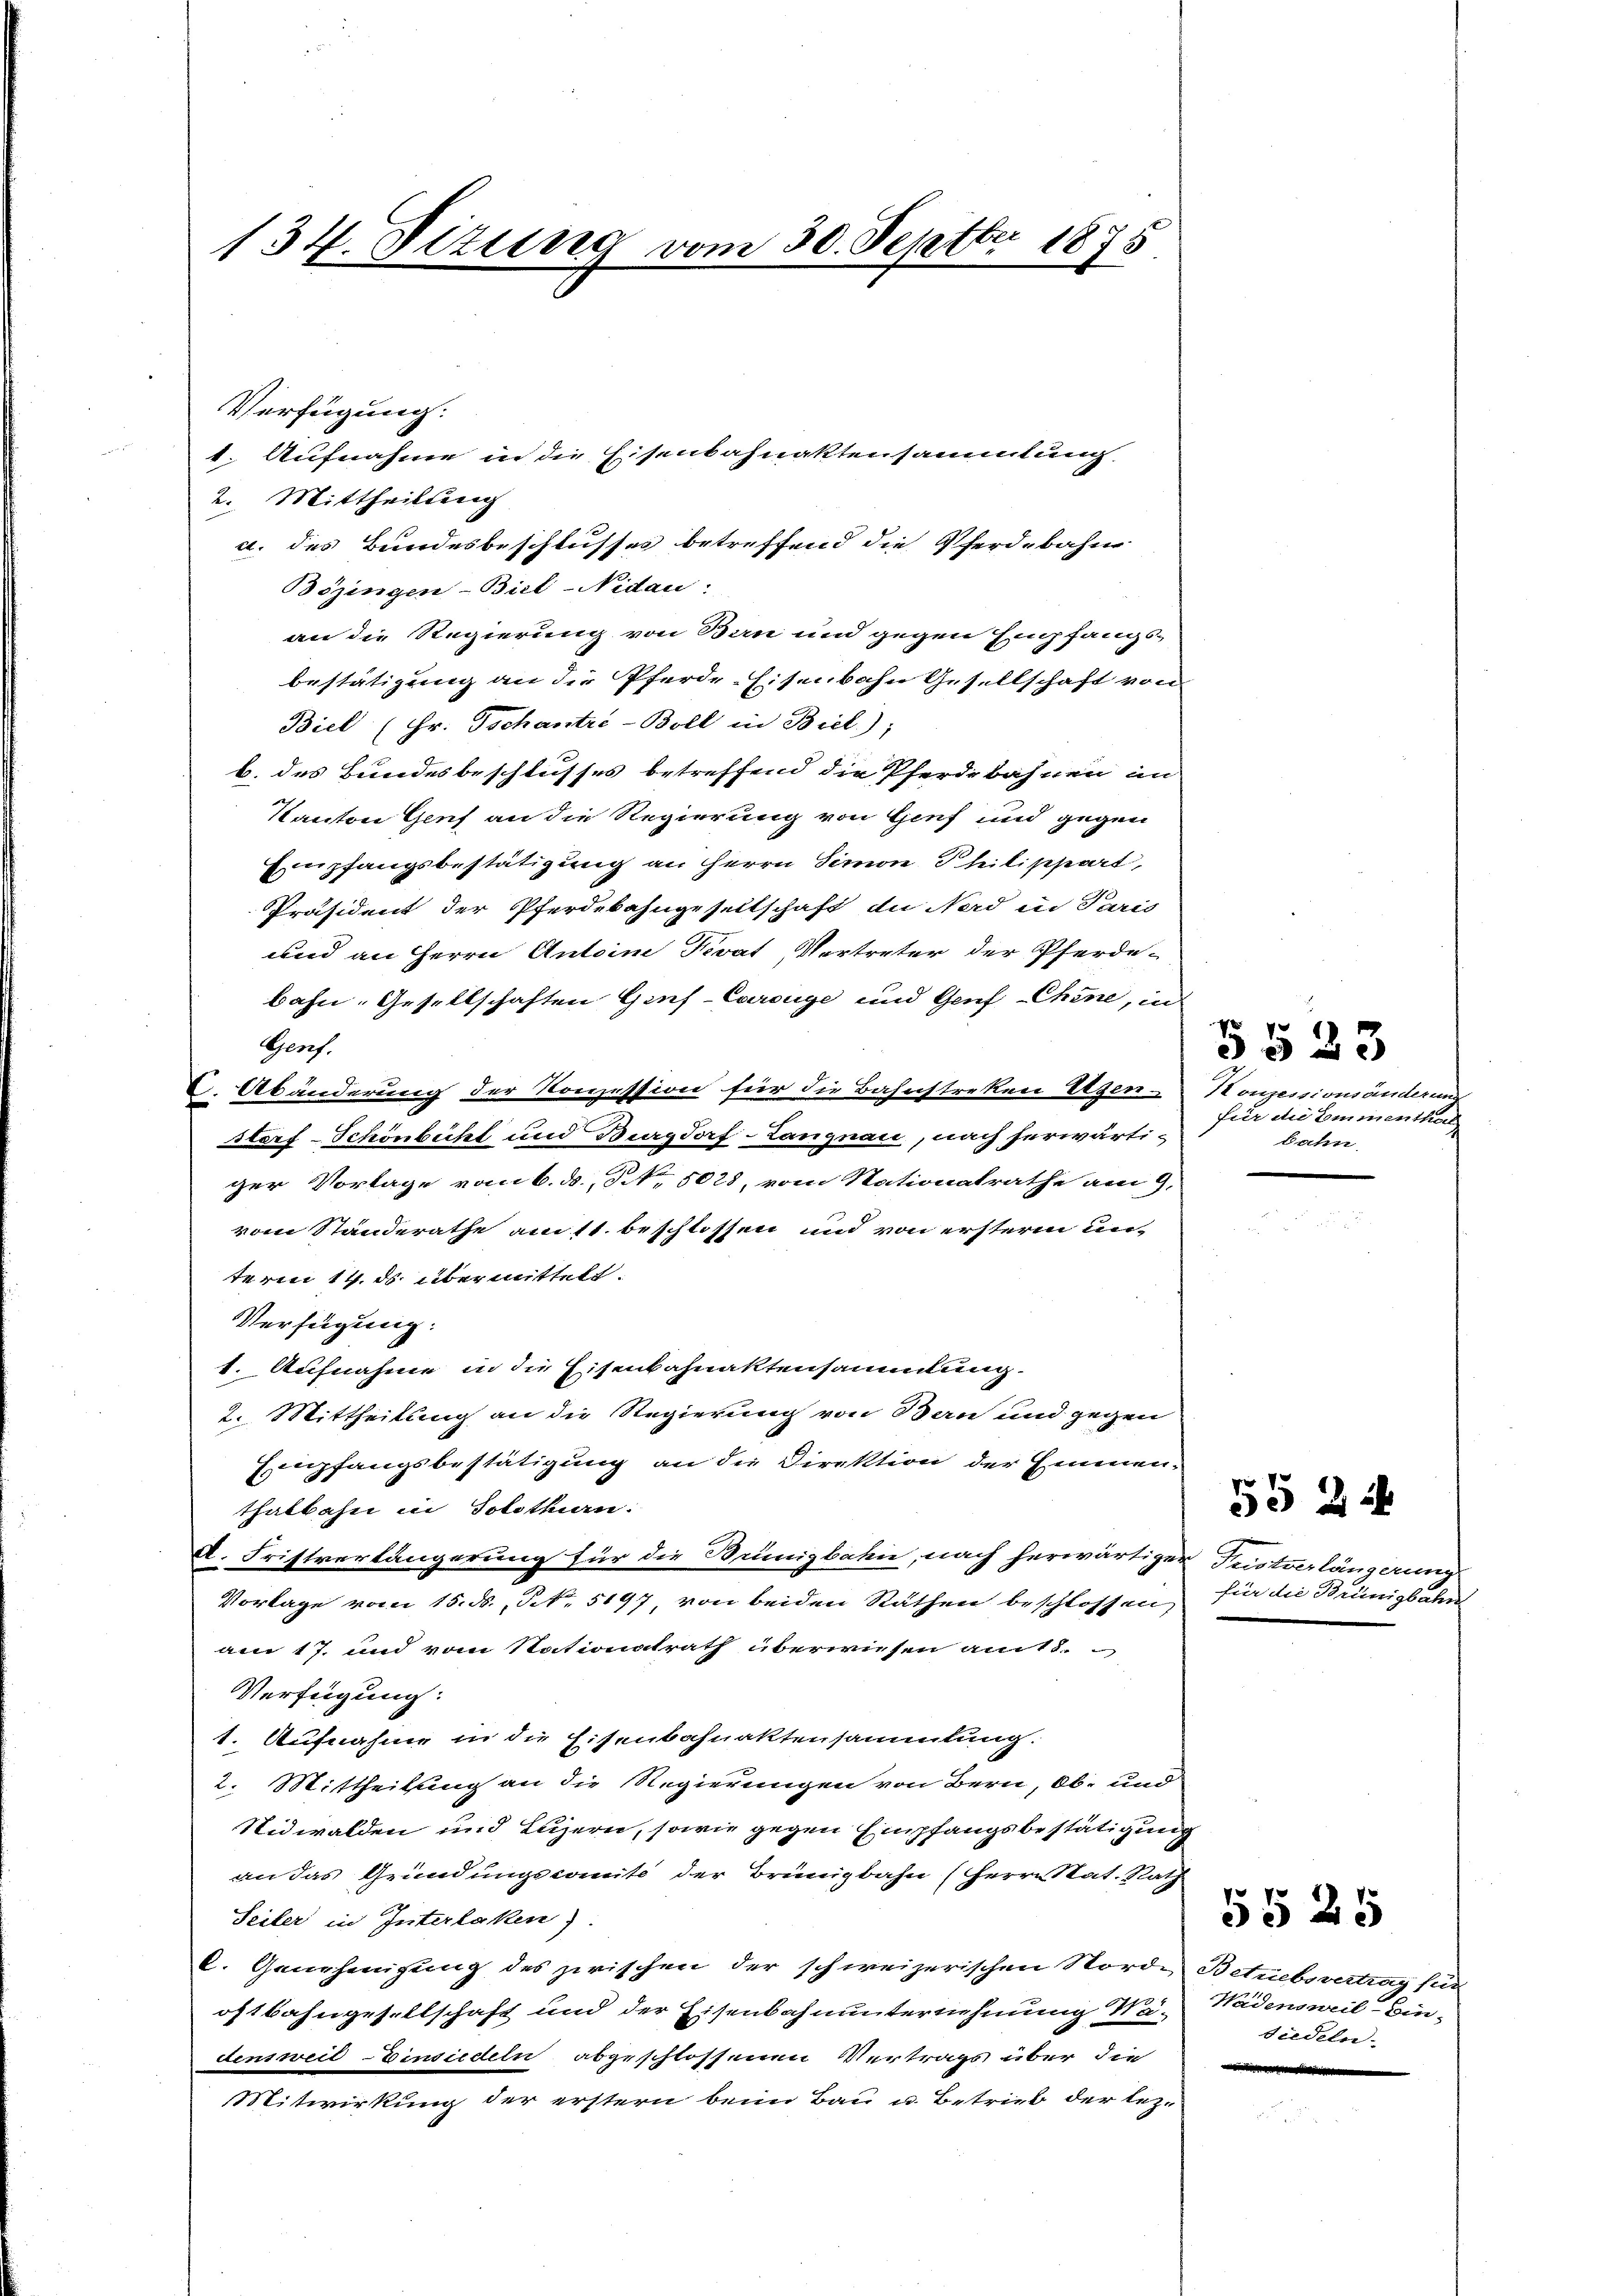
134. Sizung vom 30. Septbr 1875

Verfügung:
2. Mittheilung
a. des Bundesbeschlusses betreffend die Pferdebahne
Bözingen-Biel-Nidau:
an die Regierung von Ban und gegen Empfangs-
bestätigung an die Pferde-Eisenbahn Gesellschaft von
Biel (Hr. Tschantre-Boll in Biel);
b. des Bundesbeschlusses betreffend die Pferdebahnen an
Kanton Genf an die Regierung von Genf und gegen
Einpfangsbestätigung an Herrn Simon Philippart,
Präsident der Pferdebahngesellschaft in Nord in Paris
und an Herrn Antoine Pivat Vertreter der Pferdebahn, Gesellschaften Ginf-Carouge und Genf Chine, in
Genf.
C. Abänderung der Konzession für die Bahnstreken Ursen-
storf-Schönbühl und Burgdorf-Langnau, nach herwärtiger Vorlage vom 6. ds., N. 5028, vom Stationalrathe am 9.
vom Standerathe am 11. beschlossen und von ersterm un-
term 14. ds übermittelt.
Verfügung.
1. Aufnahme in die Eisenbahnaktensammlung.
2. Mittheilung an die Regierung von Bau und gegen
Empfangsbestätigung an die Direktion der Emmen-
thalbahn in Solothurn.
A. Fristverlängerung für die Bemigbahn, nach herwärtiger Fristverlängerung
Vorlage vom 15. ds., S. 5197, von beiden Räthen beschlossen,
am 17. und vom Stationalrath überwiesen am 18.
Verfügung:
1. Aufnahme in die Eisenbahnaktensammlung.
2. Mittheilung an die Regierungen von Bern, Ob- und
Nidwalden und Luzern, sowie gegen Empfangsbestätigung
an das Gründungscomite der Brüngbahn (Herrn Stat. Rath
Seiler in Interlaken).
C. Genehmigung des zwischen der schweizerischen Norde Betrebsvertrag für
oftbahngesellschaft und der Eisenbahnunternehmung Wa- Wädensweil Eindensweil Einsiedeln abgeschlossenen Vertrags über die
Mitwirkung der erstern beim Bau u. Betrieb der lez-

1. Aufnahme in die Eisenbahnaktensammlung.

Konzessionsänderun
für die Emmenthal
bahn,

5523

für die Brünigbahn

55 24

5525

siedeln.